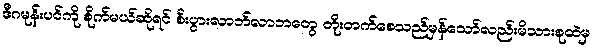
ဒီဂမုန်းပင်ကို စိုက်မယ်ဆိုရင် စီးပွားလာဘ်လာဘတွေ တိုးတက်စေသည်မှန်သော်လည်းမိသားစုထဲမှ